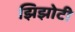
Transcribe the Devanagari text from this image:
झिझोटी